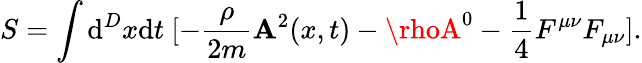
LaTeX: S=\int\mathrm{d}^{D}x\mathrm{d}t~[-\frac{{\rho}}{{2m}}{\mathbf{A}}^{2}(x,t)-\rhoA^{0}-\frac{{1}}{{4}}F^{\mu\nu}F_{\mu\nu}].